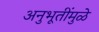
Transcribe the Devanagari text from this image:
अनुभूतींमुळे